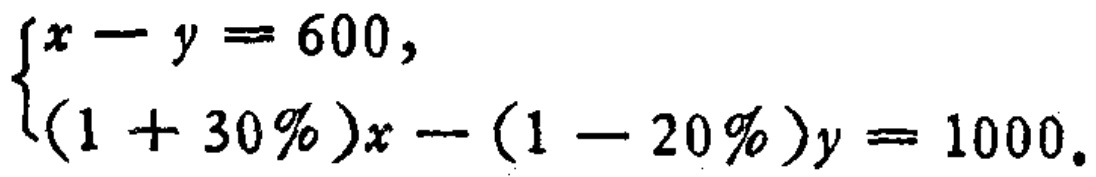
$\begin{cases}
x - y = 600, \\
(1 + 30\%)x - (1 - 20\%)y = 1000.
\end{cases}$